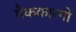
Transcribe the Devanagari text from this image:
मैककारगो